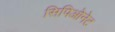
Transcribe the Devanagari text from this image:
सिपिओनेट